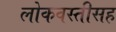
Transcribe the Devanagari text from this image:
लोकवस्तीसह